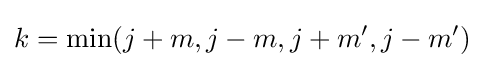
k=\min(j+m,j-m,j+m',j-m')